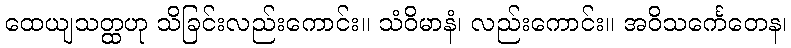
ထေယျသတ္ထဟု သိခြင်းလည်းကောင်း။ သံဝိမာနံ၊ လည်းကောင်း။ အဝိသင်္ကေတေန၊